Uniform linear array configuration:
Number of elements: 24
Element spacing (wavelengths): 0.25
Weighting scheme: uniform
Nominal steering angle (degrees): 60
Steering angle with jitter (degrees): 60.918
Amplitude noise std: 0.05
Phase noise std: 0.05

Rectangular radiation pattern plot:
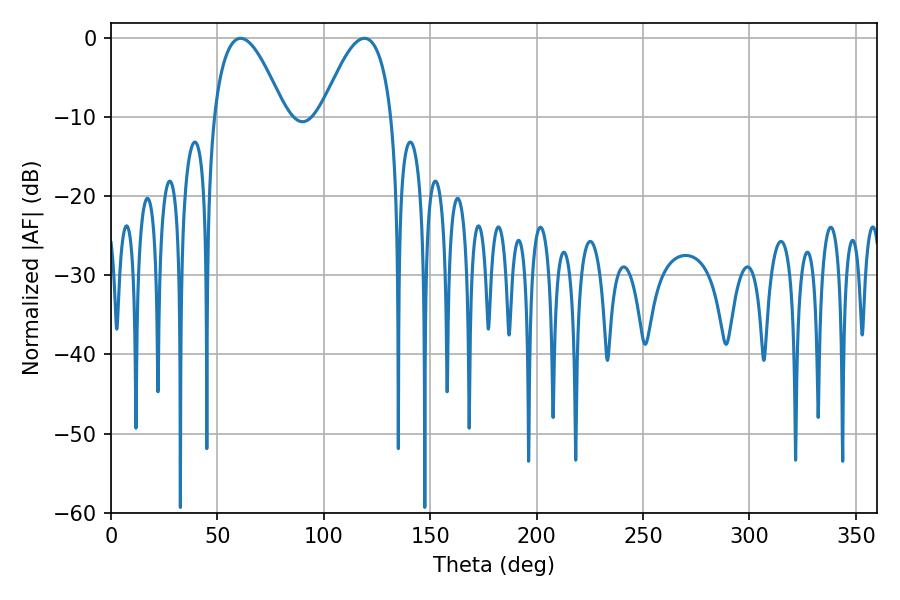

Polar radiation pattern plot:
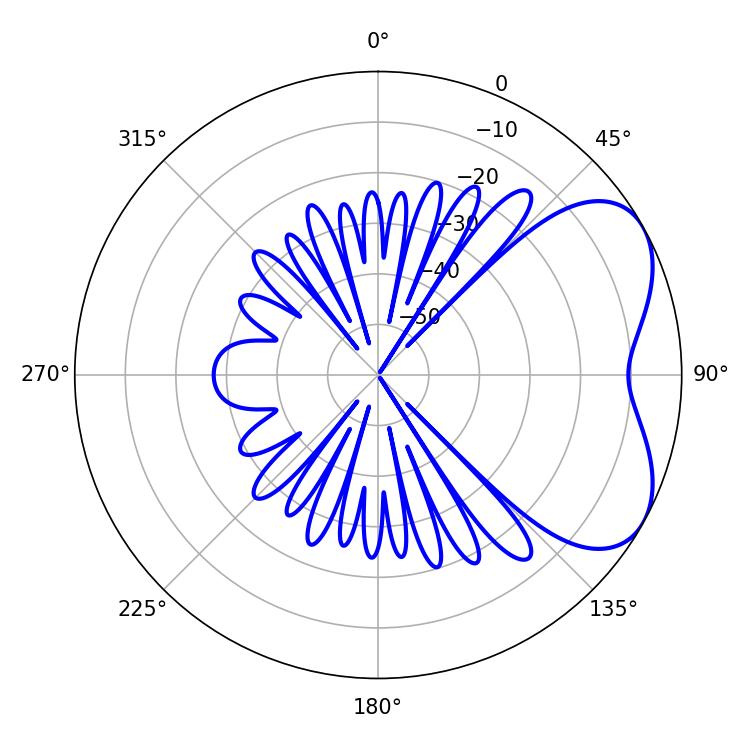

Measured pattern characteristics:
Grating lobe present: FALSE
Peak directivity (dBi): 5.027
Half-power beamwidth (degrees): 18
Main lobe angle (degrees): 60.84